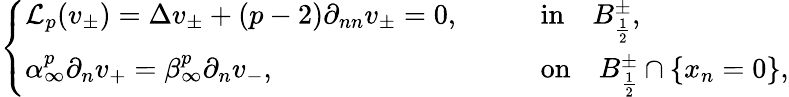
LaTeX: \left\{ \begin{array}{ll}{\mathcal{L}_{p}(v_{\pm})=\Delta v_{\pm}+(p-2)\partial_{nn}v_{\pm}=0,\qquad}&{\mathrm{in}\quad B_{\frac{1}{2}}^{\pm},}\\ {\alpha_{\infty}^{p}\partial_{n}v_{+}=\beta_{\infty}^{p}\partial_{n}v_{-},\qquad}&{\mathrm{on}\quad B_{\frac{1}{2}}^{\pm}\cap\{ x_{n}=0\} ,}\end{array}\right.